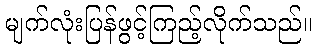
မျက်လုံးပြန်ဖွင့်ကြည့်လိုက်သည်။